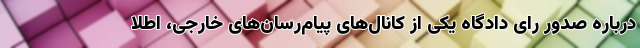
درباره صدور رای دادگاه یکی از کانال‌های پیام‌رسان‌های خارجی، اطلا